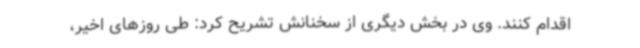
اقدام کنند. وی در بخش دیگری از سخنانش تشریح کرد: طی روزهای اخیر،